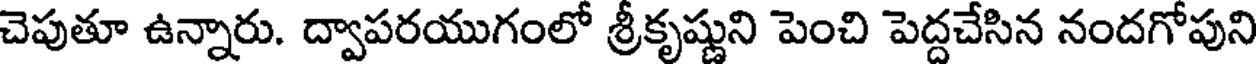
చెపుతూ ఉన్నారు. ద్వాపరయుగంలో శ్రీకృష్ణుని పెంచి పెద్దచేసిన నందగోపుని